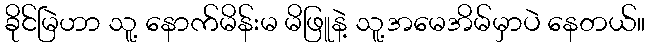
ခိုင်မြဲဟာ သူ့ နောက်မိန်းမ မိဖြူနဲ့ သူ့အမေအိမ်မှာပဲ နေတယ်။